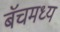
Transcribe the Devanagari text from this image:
बॅचमध्य